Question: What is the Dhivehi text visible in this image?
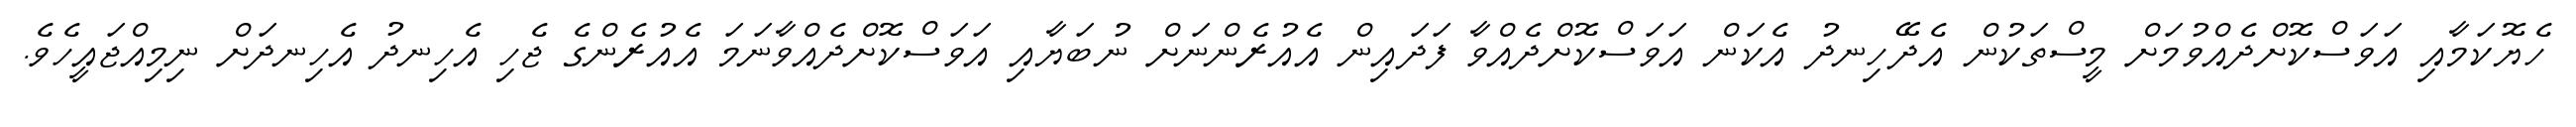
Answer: ހެޔޮކަމާއި އަވަސްކޮށްދެއްވުމަށް މީސްތަކުން އެދޭހިނދު އެކަން އަވަސްކޮށްދެއްވާ ފަދައިން އެއުރެންނަށް ނުބަޔާއި އަވަސްކޮށްދެއްވާނަމަ އެއުރެންގެ ޖެހި އެހިނދު އެހިނދަށް ނިމިއްޖައީހެވެ.